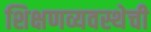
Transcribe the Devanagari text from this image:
शिक्षणव्यवस्थेची